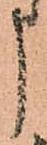
う